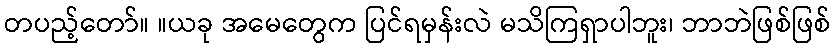
တပည့်တော်။ ။ယခု အမေတွေက ပြင်ရမှန်းလဲ မသိကြရှာပါဘူး၊ ဘာဘဲဖြစ်ဖြစ်